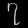
Digit: ၇